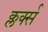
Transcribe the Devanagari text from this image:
क्लर्क्स